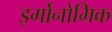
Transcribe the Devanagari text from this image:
इर्गोनोमिक